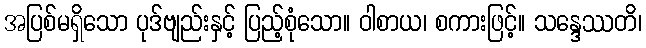
အပြစ်မရှိသော ပုဒ်ဗျည်းနှင့် ပြည့်စုံသော။ ဝါစာယ၊ စကားဖြင့်။ သန္ဒေဿတိ၊